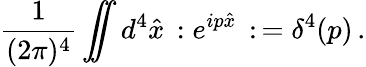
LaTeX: {\frac{1}{(2\pi)^{4}}}\int\! \! \! \! \! \int d^{4}\hat{x}\, :e^{ip\hat{x}}\, :\, =\delta^{4}(p)\, .